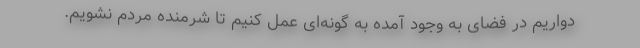
دواریم در فضای به وجود آمده به گونه‌ای عمل کنیم تا شرمنده مردم نشویم.